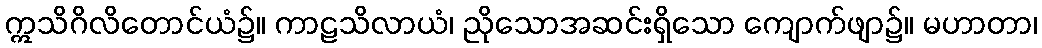
ဣသိဂိလိတောင်ယံ၌။ ကာဠသိလာယံ၊ ညိုသောအဆင်းရှိသော ကျောက်ဖျာ၌။ မဟာတာ၊